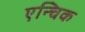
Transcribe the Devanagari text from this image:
एन्चिक